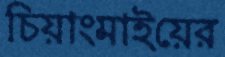
চিয়াংমাইয়ের